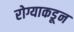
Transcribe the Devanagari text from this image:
रोग्याकडून